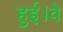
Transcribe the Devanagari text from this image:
हुई।वे